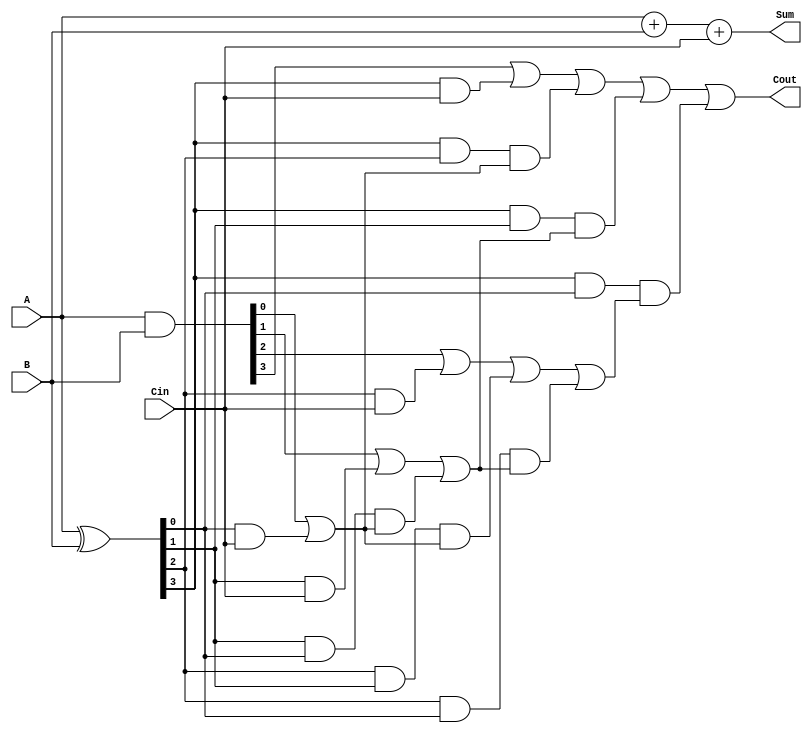
module carry_skip_adder(
    input wire [3:0] A,
    input wire [3:0] B,
    input wire Cin,
    output reg [3:0] Sum,
    output reg Cout
);

  wire [4:0] P, G;
  wire [4:0] C;
  
  assign P = {1'b0, A} ^ {1'b0, B};
  assign G = {1'b0, A} & {1'b0, B};
  
  assign C[0] = Cin;
  
  assign C[1] = G[0] | (P[0] & C[0]);
  assign C[2] = G[1] | (P[1] & C[0]) | (P[1] & P[0] & C[1]);
  assign C[3] = G[2] | (P[2] & C[0]) | (P[2] & P[1] & C[1]) | (P[2] & P[0] & C[2]);
  assign C[4] = G[3] | (P[3] & C[0]) | (P[3] & P[2] & C[1]) | (P[3] & P[1] & C[2]) | (P[3] & P[0] & C[3]);
  
  always @(*) begin
    Sum = A + B + Cin;
    Cout = C[4];
  end
  
endmodule